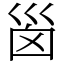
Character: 𡿺